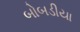
બોબડીયા